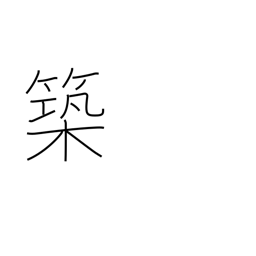
Meaning: fabricate